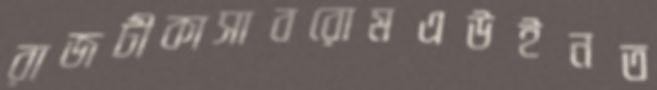
রাজটীকাসাবরোমএউইনত